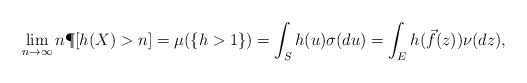
\begin{align*} \lim_{n\to\infty} n \P[h(X)>n] = \mu(\{h>1\}) = \int_S h(u)\sigma(du)= \int_{E} h(\vec{f}(z))\nu(dz),\end{align*}